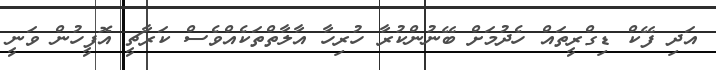
އަދި ފޭކް ޑިގްރީތައް ހެދުމަށް ބޭނުންކުރާ ހުރިހާ އާލާތްތަކެއްވެސް ކަރާޗީ އޮފީހުން ވަނީ